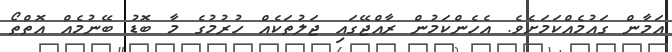
އަމާން ގައުމެއްކަމަށެވެ. އެހެންކަމުން ރާއްޖޭގައި ޖަލުތަކެއް ހުރުމުގެ މާ ބޮޑު ބޭނުމެއް އޮތްތޯ